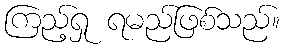
ကြည့်ရှု ရမည်ဖြစ်သည်။